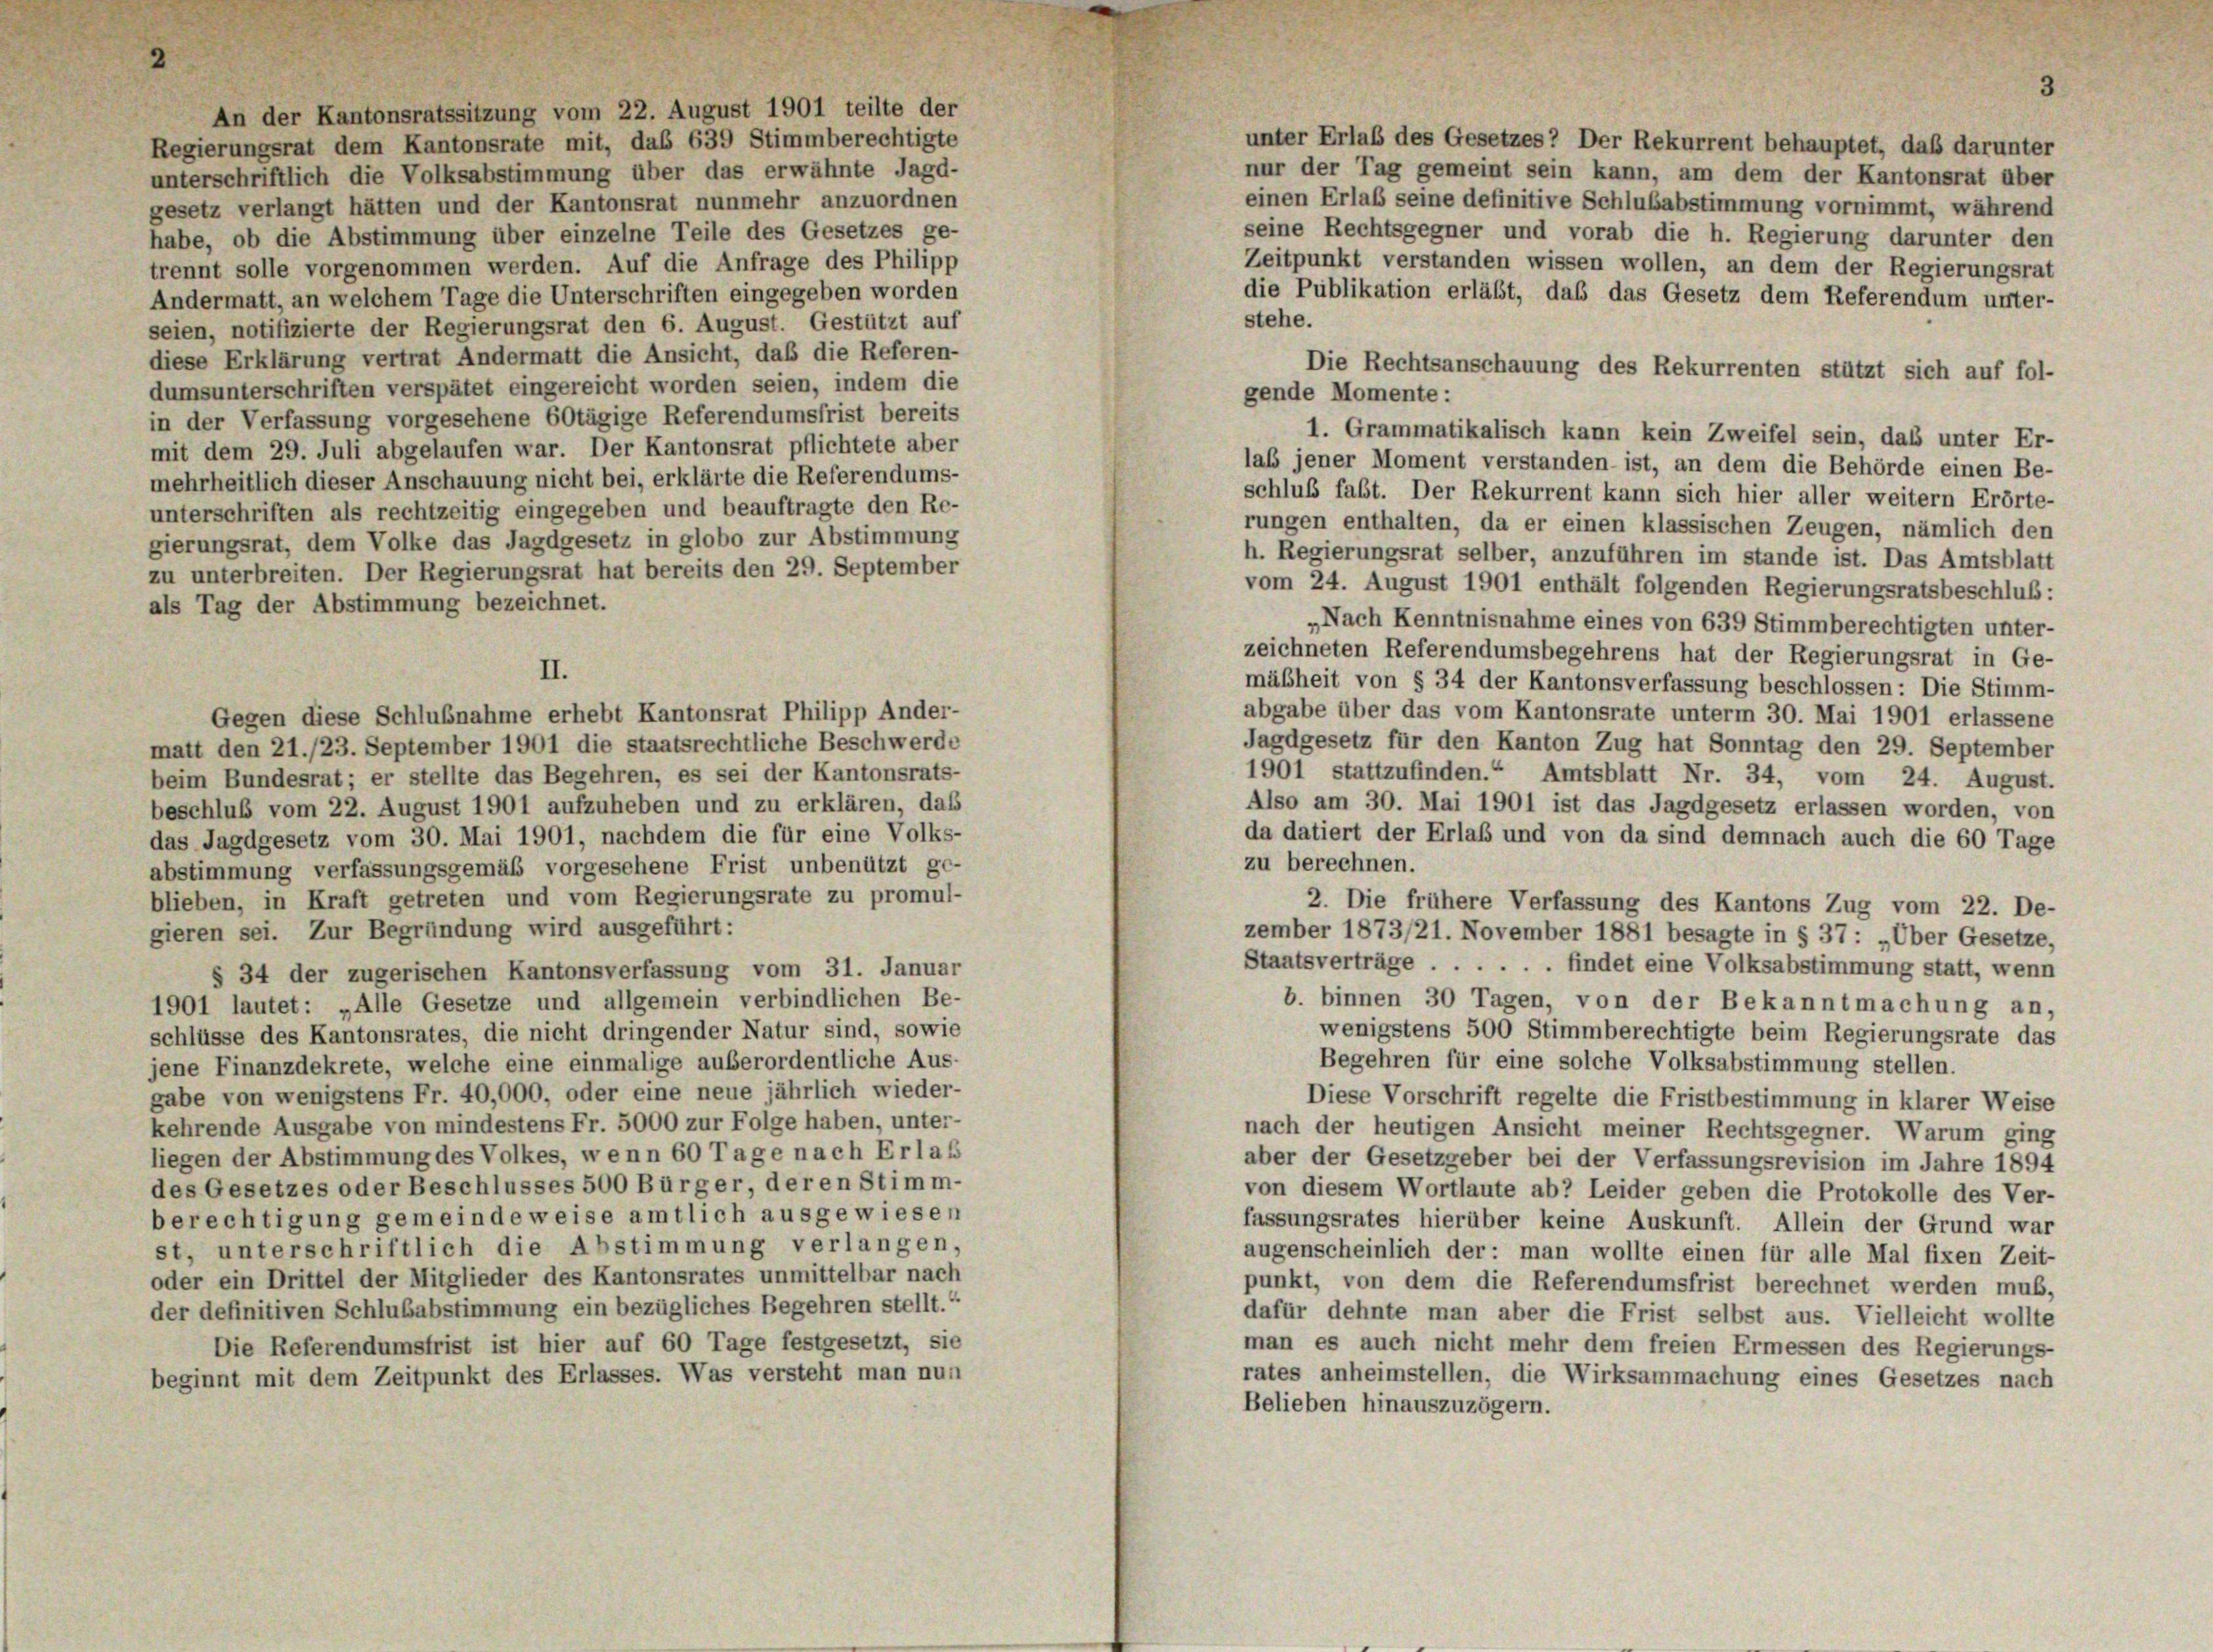
An der Kantonsratssitzung vom 22. August 1901 teilte der
Regierungsrat dem Kantonsrate mit, das 639 Stimmberechtigte
unterschriftlich die Volksabstimmung über das erwähnte Jagd-
gesetz verlangt hätten und der Kantonsrat nunmehr anzuordnen
habe, ob die Abstimmung über einzelne Teile des Gesetzes ge-
trennt solle vorgenommen werden. Auf die Anfrage des Philipp
Andermatt, an welchem Tage die Unterschriften eingegeben worden
seien, notifizierte der Regierungsrat den 6. August. Gestützt auf
diese Erklärung vertrat Andermatt die Ansicht, daß die Referen-
dumsunterschriften verspätet eingereicht worden seien, indem die
in der Verfassung vorgesehene 60tägige Referendumsfrist bereits
mit dem 29. Juli abgelaufen war. Der Kantonsrat pflichtete aber
mehrheitlich dieser Anschauung nicht bei, erklärte die Referendums-
unterschriften als rechtzeitig eingegeben und beauftragte den Re-
gierungsrat, dem Volke das Jagdgesetz in globo zur Abstimmung
zu unterbreiten. Der Regierungsrat hat bereits den 29. September
als Tag der Abstimmung bezeichnet.

Gegen diese Schlußnahme erhebt Kantonsrat Philipp Ander-
matt den 21./23. September 1901 die staatsrechtliche Beschwerde
beim Bundesrat; er stellte das Begehren, es sei der Kantonsrats-
beschluß vom 22. August 1901 aufzuheben und zu erklären, das
das Jagdgesetz vom 30. Mai 1901, nachdem die für eine Volks-
abstimmung verfassungsgemäß vorgesehene Frist unbenützt ge-
blieben, in Kraft getreten und vom Regierungsrate zu promul-
gieren sei. Zur Begründung wird ausgeführt:
§ 34 der zugerischen Kantonsverfassung vom 31. Januar
1901 lautet: „Alle Gesetze und allgemein verbindlichen Be-
schlüsse des Kantonsrates, die nicht dringender Natur sind, sowie
jene Finanzdekrete, welche eine einmalige außerordentliche Aus-
gabe von wenigstens Fr. 40,000, oder eine neue jährlich wieder-
kehrende Ausgabe von mindestens Fr. 5000 zur Folge haben, unter-
liegen der Abstimmung des Volkes, wenn 60 Tage nach Erlaß
des Gesetzes oder Beschlusses 500 Bürger, deren Stimm-
berechtigung gemeindeweise amtlich ausgewiesen
st, unterschriftlich die Abstimmung verlangen,
oder ein Drittel der Mitglieder des Kantonsrates unmittelbar nach
der definitiven Schlubabstimmung ein bezügliches Begehren stellt.“
Die Referendumsfrist ist hier auf 60 Tage festgesetzt, sie
beginnt mit dem Zeitpunkt des Erlasses. Was versteht man nun

unter Erlab des Gesetzes? Der Rekurrent behauptet, daß darunter
nur der Tag gemeint sein kann, am dem der Kantonsrat über
einen Erlaß seine definitive Schlubabstimmung vornimmt, während
seine Rechtsgegner und vorab die h. Regierung darunter den
Zeitpunkt verstanden wissen wollen, an dem der Regierungsrat
die Publikation erläßt, daß das Gesetz dem Referendum unter-
stehe.
Die Rechtsanschauung des Rekurrenten stützt sich auf fol-
1. Grammatikalisch kann kein Zweifel sein, das unter Er-
lab jener Moment verstanden ist, an dem die Behörde einen Be-
schluß faßt. Der Rekurrent kann sich hier aller weitern Erörte-
rungen enthalten, da er einen klassischen Zeugen, nämlich den
h. Regierungsrat selber, anzuführen im stande ist. Das Amtsblatt
vom 24. August 1901 enthält folgenden Regierungsratsbeschluß:
„Nach Kenntnisnahme eines von 639 Stimmberechtigten unter-
zeichneten Referendumsbegehrens hat der Regierungsrat in Ge-
mäßheit von § 34 der Kantonsverfassung beschlossen: Die Stimm-
abgabe über das vom Kantonsrate unterm 30. Mai 1901 erlassene
Jagdgesetz für den Kanton Zug hat Sonntag den 29. September
1901 stattzufinden.“ Amtsblatt Nr. 34, vom 24. August.
Also am 30. Mai 1901 ist das Jagdgesetz erlassen worden, von
da datiert der Erlaß und von da sind demnach auch die 60 Tage
zu berechnen.
2. Die frühere Verfassung des Kantons Zug vom 22. De-
zember 1873/21. November 1881 besagte in § 37 : „Über Gesetze,
Staatsverträge . . . . . . findet eine Volksabstimmung statt, wenn
b. binnen 30 Tagen, von der Bekanntmachung an,
wenigstens 500 Stimmberechtigte beim Regierungsrate das
Begehren für eine solche Volksabstimmung stellen.
Diese Vorschrift regelte die Fristbestimmung in klarer Weise
nach der heutigen Ansicht meiner Rechtsgegner. Warum ging
aber der Gesetzgeber bei der Verfassungsrevision im Jahre 1894
von diesem Wortlaute ab? Leider geben die Protokolle des Ver-
fassungsrates hierüber keine Auskunft. Allein der Grund war
augenscheinlich der: man wollte einen für alle Mal fixen Zeit-
punkt, von dem die Referendumsfrist berechnet werden muß,
dafür dehnte man aber die Frist selbst aus. Vielleicht wollte
man es auch nicht mehr dem freien Ermessen des Regierungs-
rates anheimstellen, die Wirksammachung eines Gesetzes nach
Belieben hinauszuzögern.

gende Momente: